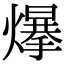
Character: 𤐲